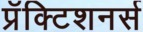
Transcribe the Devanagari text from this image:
प्रॅक्टिशनर्स